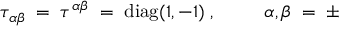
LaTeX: \tau _ { \alpha \beta } \; = \; \tau ^ { \alpha \beta } \; = \; \mathrm { d i a g } ( 1 , - 1 ) \; , \; \; \; \; \; \; \; \; \; \alpha , \beta \; = \; \pm